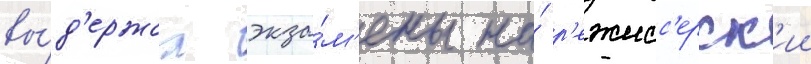
вы́д'ержал экза́м'ены на́ р'ежисс'ерск'ии